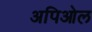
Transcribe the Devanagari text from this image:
अपिओल